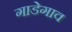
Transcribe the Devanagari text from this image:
गाडेगाव